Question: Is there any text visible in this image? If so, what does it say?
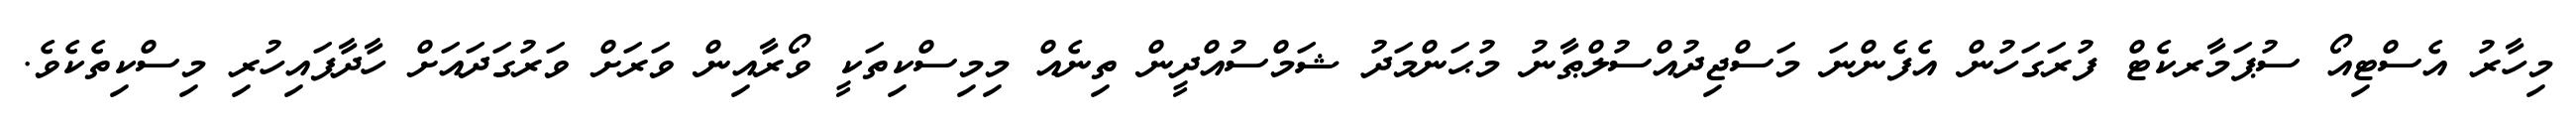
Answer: މިހާރު އެސްޓިއޯ ސުޕަމާރކެޓް ފުރަގަހުން އެފެންނަ މަސްޖިދުއްސުލްޠާނު މުޙަންމަދު ޝަމްސުއްދީން ތިނެއް މިމިސްކިތަކީ ވޯރާއިން ވަރަށް ވަރުގަދައަށް ހާދާފައިހުރި މިސްކިތެކެވެ.